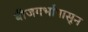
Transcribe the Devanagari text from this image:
बीजगर्भापासून